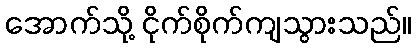
အောက်သို့ ငိုက်စိုက်ကျသွားသည်။